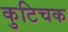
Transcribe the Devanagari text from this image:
कुटिचक